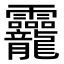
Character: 龗